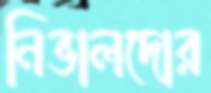
নিভালদোর